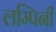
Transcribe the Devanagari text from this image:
लम्पिनी